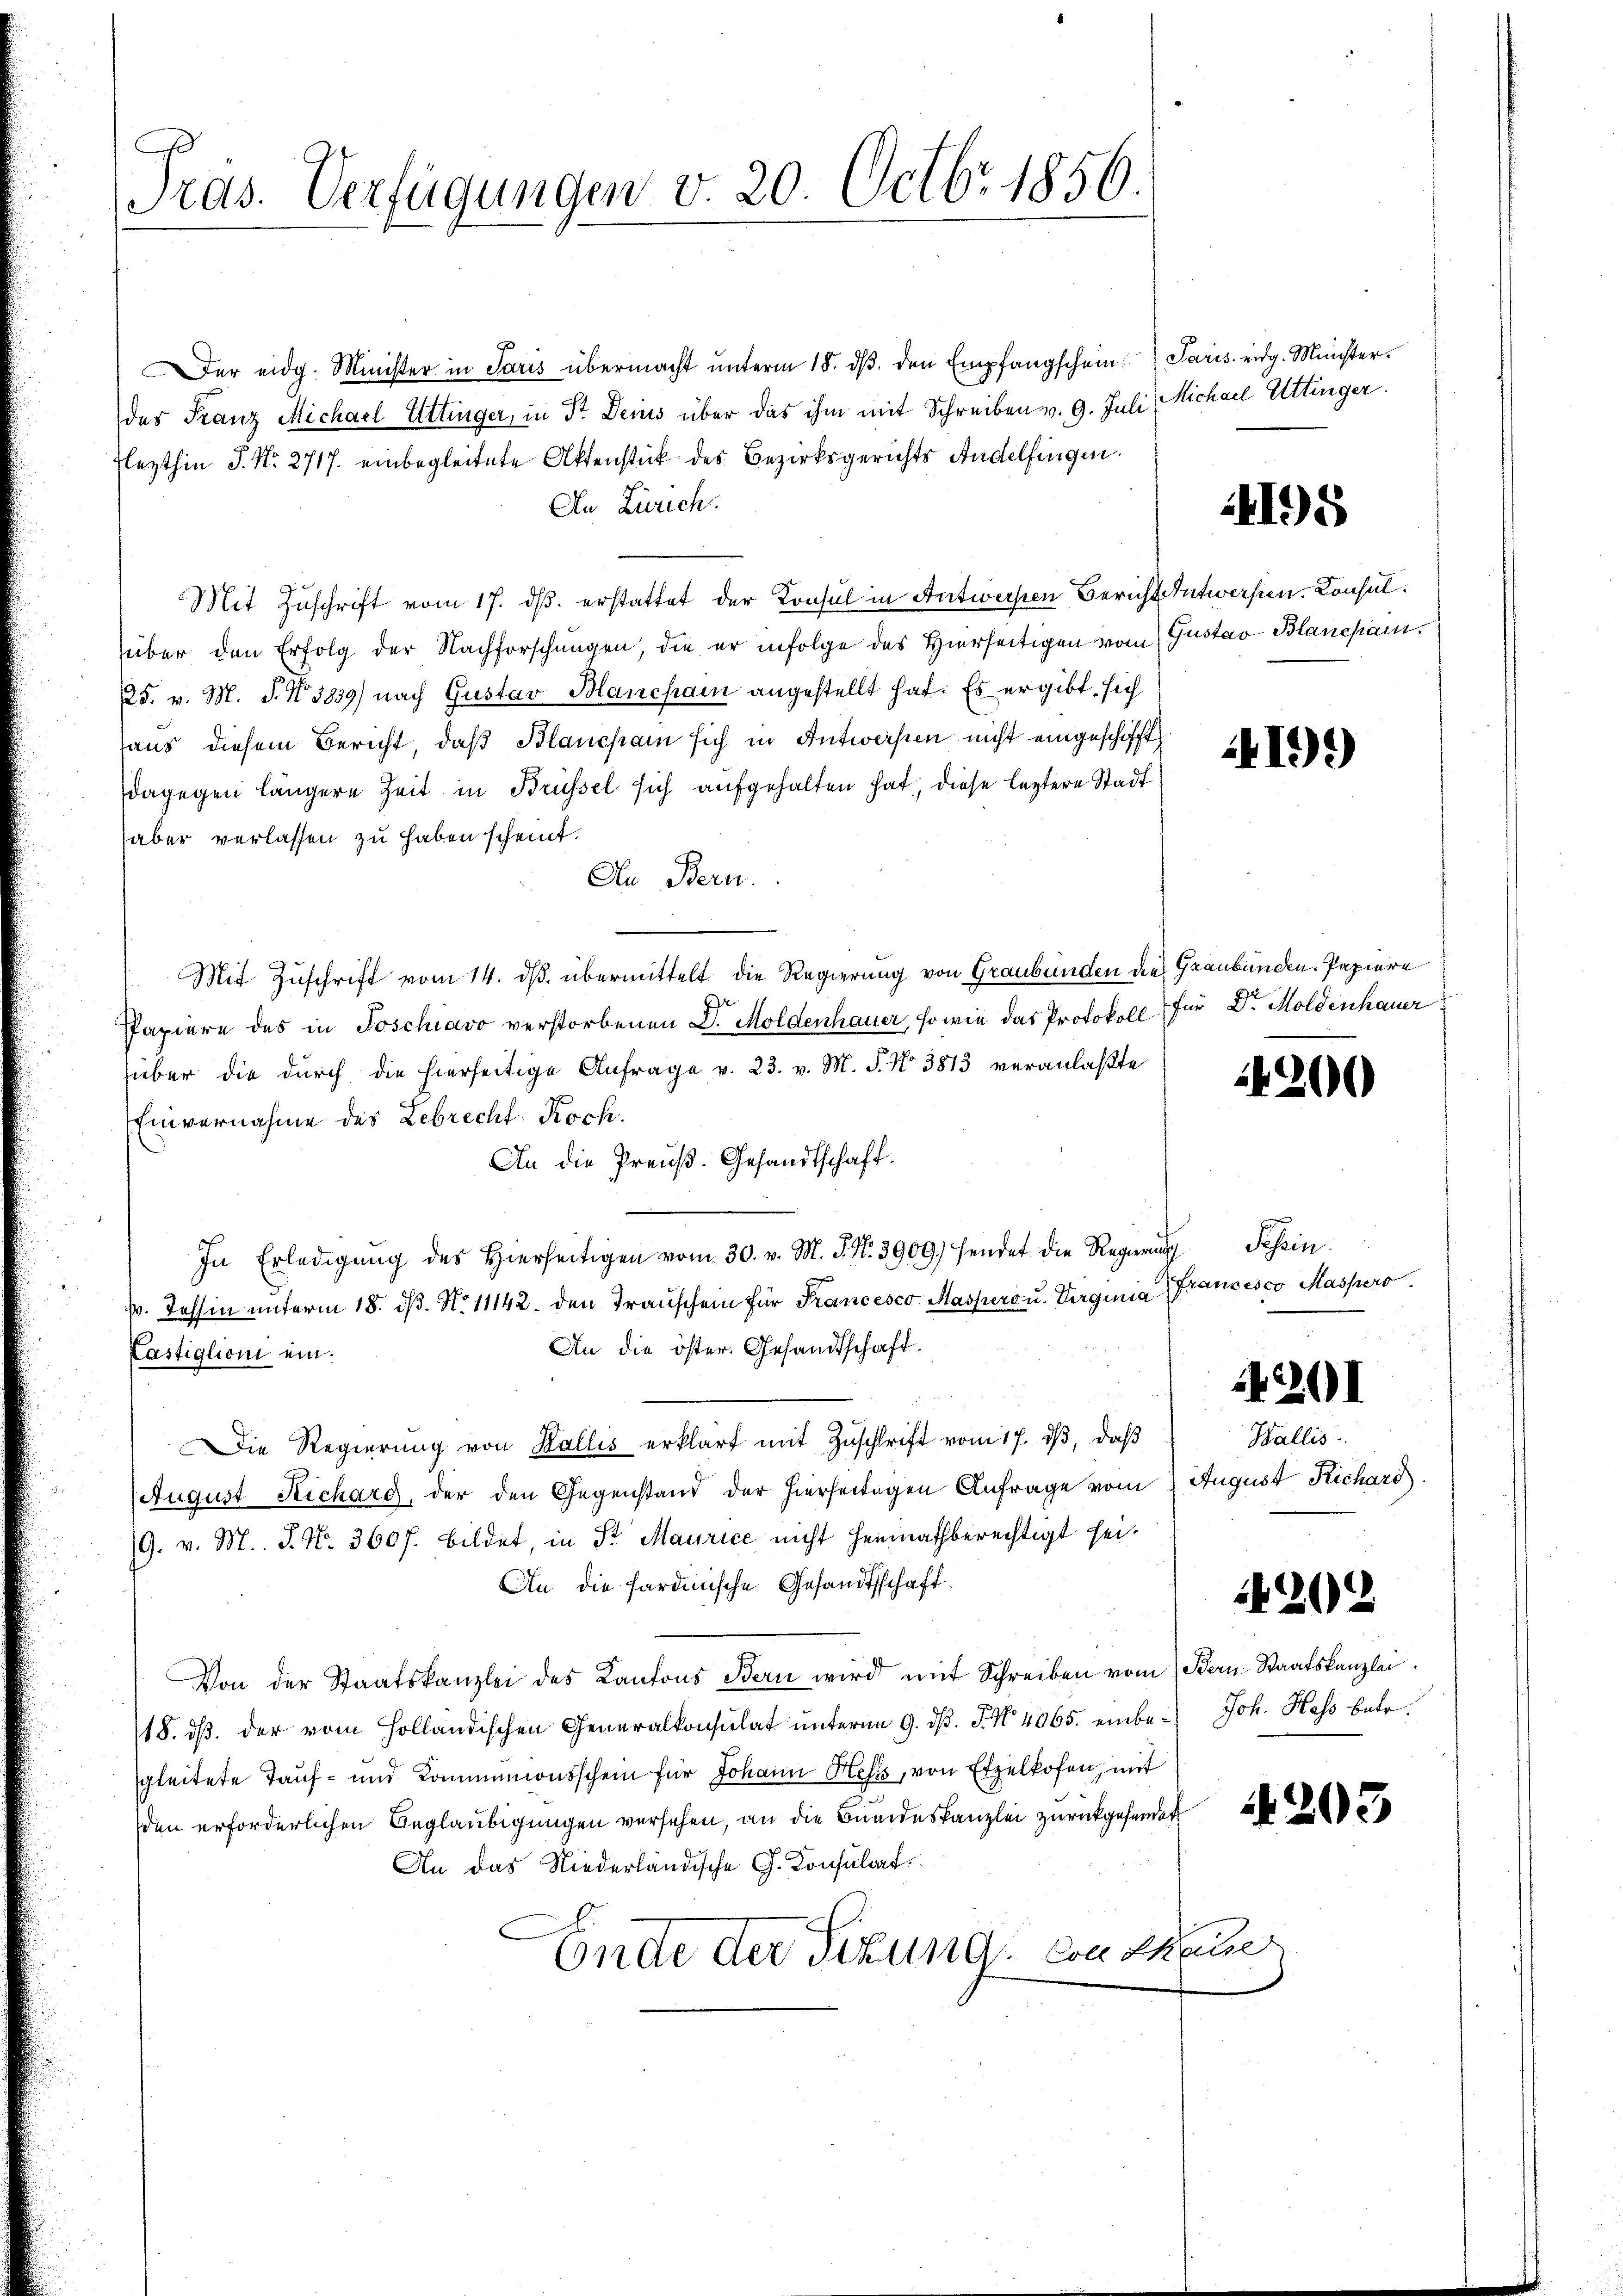
Präs. Verfügungen v. 20. Octbr. 1856.

Der eidg. Minister in Paris übermacht ŭnterm 18. dβ. den Empfangschein Paris eidg. Münster.
des Franz Michael Uttinger, in Sr. Deius über das ihm mit Schreiben v. 9. Juli Michael Uttinger.
Flezthin J. No. 2717. einbegleitete Aktenstück des Bezirksgerichts Andelfingen.
An Zürich
Mit Zuschrift vom 17. ds. erstattet der Konsul in Antwerpen Bericht Antwerfen. Consulüber den Erfolg der Nachforschungen, die er infolge des Hierseitigen vom Gustav Blancpain,
25. v. M. P. Nr. 3839) nach Gustav Blancham angestellt hat. Es ergibt sich
aus diesem Bericht, daß Blancham sich in Antworfen nicht eingeschifft
dagegen längere Zeit in Brüssel sich aufgehalten hat, diese letztere Stadt
aber verlassen zu haben scheint.
An Bern.
Mit Zuschrift vom 14. dβ übermittelt die Regierung von Graubünden die Graubünden, Papiere
Papiere des in Poschiavo verstorbenen D. Moldenhauer, so wie das Protokoll für Dr. Moldenhauer
über die durch die hierseitige Anfrage v. 23. v. M. P. Nr. 383 veranlaßte
Einvernahme des Lebrecht-Koch.
An die Preuß. Gesandtschaft.
In Erledigŭng des hierseitigen vom 30. v. M. N. N. 3909) sendet die Regierung Tessin
s. Tessin unterm 18. dβ. N. 11142. den Transchein für Francesco Massers u. Virginia Francesco Massero
An die öster. Gesandtschaft.
Kastiglioni ein.
Die Regierŭng von Wallis erklärt mit Zŭschrift vom 17. dβ, daβ
August Richard, der den Gegenstand der hierseitigen Anfrage vom August Richard.
/9. v. M. J. N. 3607. bildet, in Sr Maurice nicht heimathberechtigt sei.
An die sardinische Gesandtschaft.
Von der Staatskanzlei des Kantons Bern wird mit Schreiben vom Bern Staatskanzlei
118. dβ der vom Holländischen Generalkonsulat unterm 9. dβ. J. No. 4065. einbe- Joh. Hass betr.
gleitete Tauf- und Kommunionsschein für Johann Hess, von Exzelkofen, mit
den erforderlichen Beglaubigungen versehen, an die Bundeskanzlei zurückgehenden
An das Niederländische G. Konsulat
Ende der Sitzung von daue

4195

419)

4200

Wallis.

201

4202